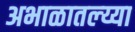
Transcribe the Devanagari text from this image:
अभाळातल्य्या